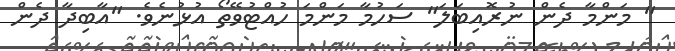
" މަންމާ ދެން ނުރޮއިބަލަ" ސަހުމާ މަންމަ ހުއްޓުވޭތޯ އުޅުނެވެ. "އާބިދާ ދެން